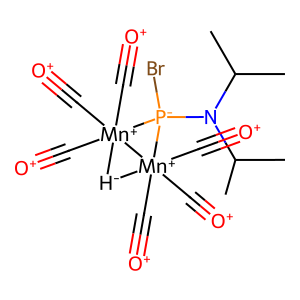
SMILES: CC(C)N(C(C)C)[P-]1(Br)[Mn+]2(C#[O+])(C#[O+])(C#[O+])[H-][Mn+]12(C#[O+])(C#[O+])C#[O+]
Inhibits HIV replication: No